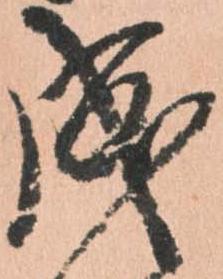
成